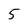
Character: 5